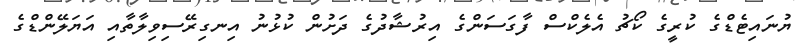
ޔުުނައިޓެޑްގެ ކުރީގެ ކޯޗު އެލެކްސް ފާގަސަންގެ އިރުޝާދުގެ ދަށުން ކުޅުނު އިނގިރޭސިވިލާތާއި އަޔަލޭންޑްގެ